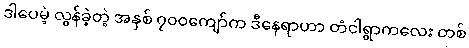
ဒါပေမဲ့ လွန်ခဲ့တဲ့ အနှစ် ၇၀၀ကျော်က ဒီနေရာဟာ တံငါရွာကလေး တစ်